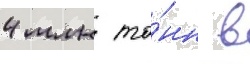
4 млн то́нн в